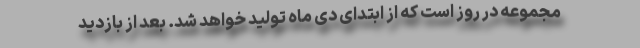
مجموعه در روز است که از ابتدای دی ماه تولید خواهد شد. بعد از بازدید